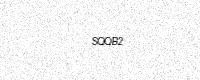
Text: SQQB2